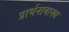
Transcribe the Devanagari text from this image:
प्रार्थनावाक्य